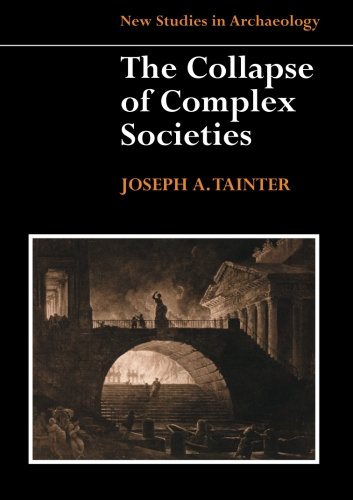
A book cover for The Collapse of Complex Societies (New Studies in Archaeology); Joseph A. Tainter; Science & Math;